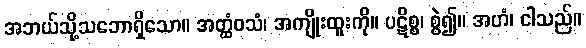
အဘယ်သို့သဘောရှိသော။ အတ္ထံဝသံ၊ အကျိုးထူးကို။ ပဋိစ္စ၊ စွဲ၍။ အဟံ၊ ငါသည်။